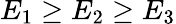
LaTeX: E_{1}\geq E_{2}\geq E_{3}